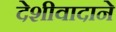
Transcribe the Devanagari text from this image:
देशीवादाने